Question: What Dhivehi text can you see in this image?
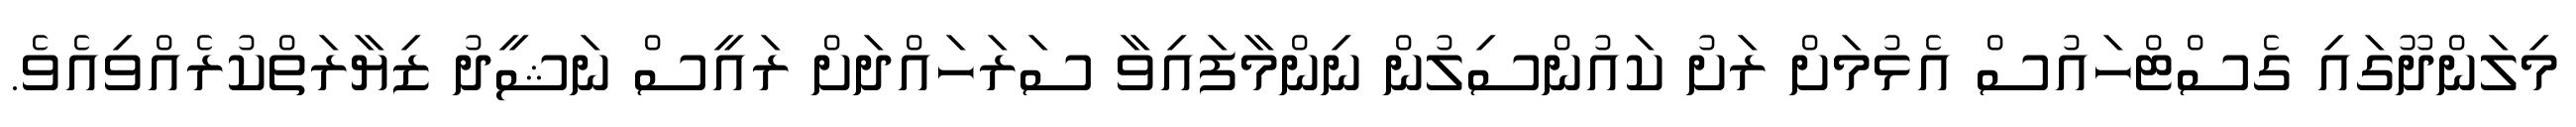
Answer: މިލަންދޫގައި ގެސްޓްހައުސް އެޅުމަށް ރަށު ކައުންސިލުން ނިންމާފައިވާ ސަރަހައްދަށް ރައީސް ނަޝީދު ޒިޔާރަތްކުރެއްވިއެވެ.